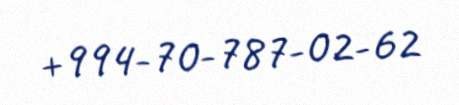
+994-70-787-02-62